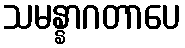
သမန္နာဂတာပေ